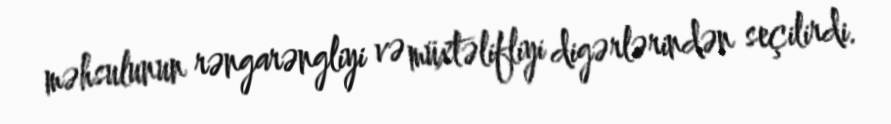
məhsulunun rəngarəngliyi və müxtəlifliyi digərlərindən seçilirdi.